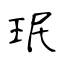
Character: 珉